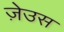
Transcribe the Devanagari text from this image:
ज़ेउस